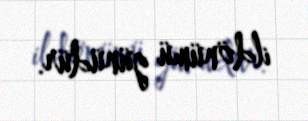
ildönümü günüdür.